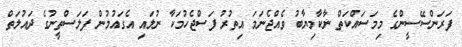
ފަރަންސޭސީންގެ މިމަސައްކަތް ނާކާމިޔާބު ވެއްޖެނަމަ އިތުރު ފަސްޖެހުމަކާ ނުލައި އެގައުމުން ފަލަސްތީނުގެ ދައުލަތް